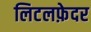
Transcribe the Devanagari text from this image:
लिटलफ़ेदर